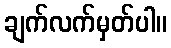
ချက်လက်မှတ်ပါ။